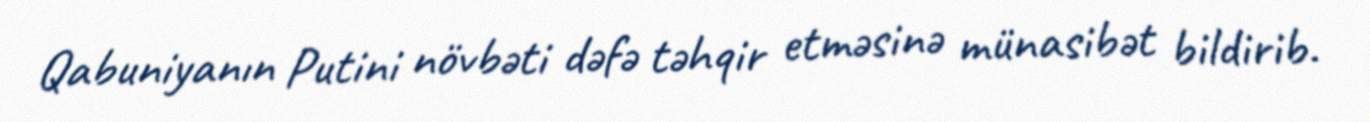
Qabuniyanın Putini növbəti dəfə təhqir etməsinə münasibət bildirib.